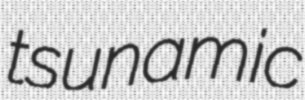
tsunamic